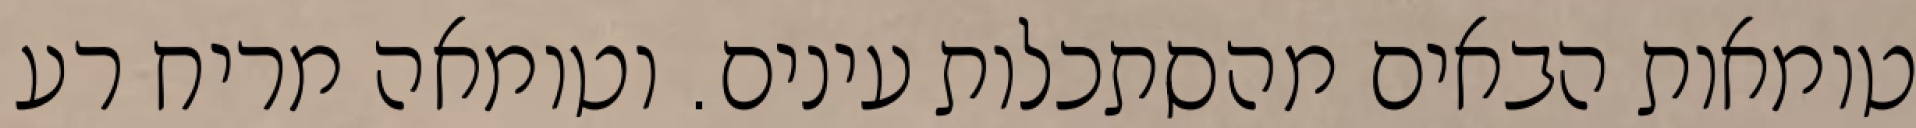
טומאות הבאים מהסתכלות עינים. וטומאה מריח רע